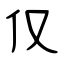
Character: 仅